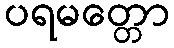
ပရမတ္တော